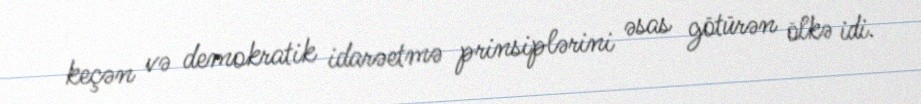
keçən və demokratik idarəetmə prinsiplərini əsas götürən ölkə idi.